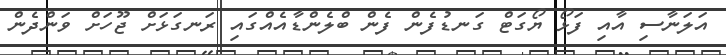
އަލަނާސި އާއި ފަޅޯ ޔޯގަޓް ގަނޑުފެން ފެން ބްލެންޑާއެއްގައި ރަނގަޅަށް ޖޫހަށް ވަންދެން